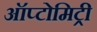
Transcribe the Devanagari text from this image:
ऑप्टोमिट्री